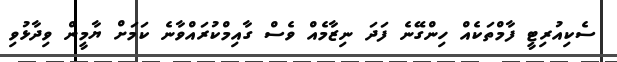
ސެކިއުރިޓީ ފާމްތަކެއް ހިންގޭނެ ފަދަ ނިޒާމެއް ވެސް ގާއިމްކުރައްވާނެ ކަމަށް ޔާމީން ވިދާޅުވި